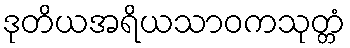
ဒုတိယအရိယသာဝကသုတ္တံ